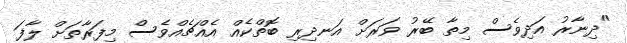
"ދިނާރު އަދިވެސް މިތާ ބޭރު ވަރަށް އަނދިރި ބޮތްކެއް އެއްޗެއްވެސް މިފަރާތަށް ލާފަ